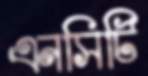
এনসিটি